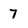
Character: 7